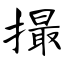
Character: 撮